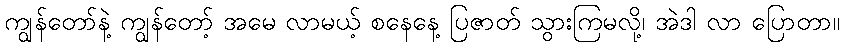
ကျွန်တော်နဲ့ ကျွန်တော့် အမေ လာမယ့် စနေနေ့ ပြဇာတ် သွားကြမလို့၊ အဲဒါ လာ ပြောတာ။